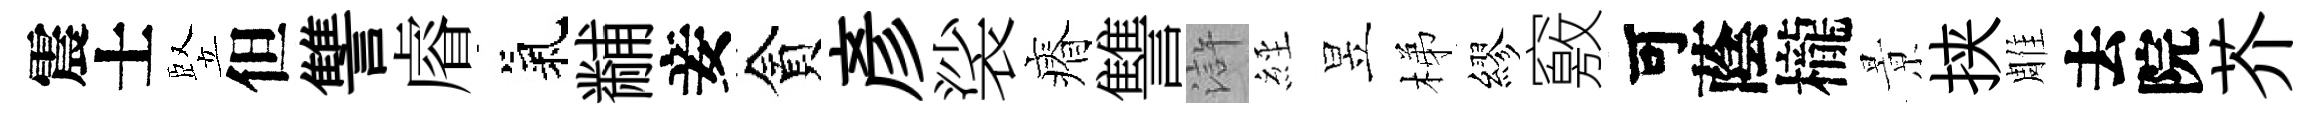
震士竪但讐𥈠氣黼妾貪彥裟瘠讐滸𦀇昱梯繆竅可蔭櫳㬌挟雕去院芥